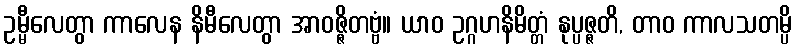
ဥမ္မီလေတွာ ကာလေန နိမီလေတွာ အာဝဇ္ဇိတဗ္ဗံ။ ယာဝ ဥဂ္ဂဟနိမိတ္တံ နုပ္ပဇ္ဇတိ, တာဝ ကာလသတမ္ပိ